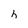
Character: h